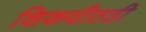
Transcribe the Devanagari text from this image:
शिकवीतही